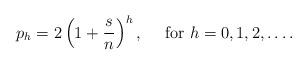
LaTeX: \begin{align*}p_{h}=2\left(1+\frac{s}{n}\right)^{h},\quad\mbox{ for }h=0,1,2,\ldots.\end{align*}